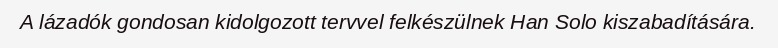
A lázadók gondosan kidolgozott tervvel felkészülnek Han Solo kiszabadítására.